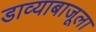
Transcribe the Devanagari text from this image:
डाव्याबाजूला